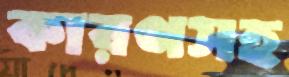
কারণসহ